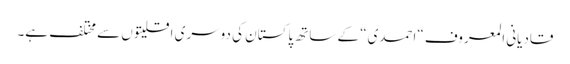
قادیانی المعروف “احمدی“ کے ساتھ پاکستان کی دوسری اقلیتوں سے مختلف ہے۔